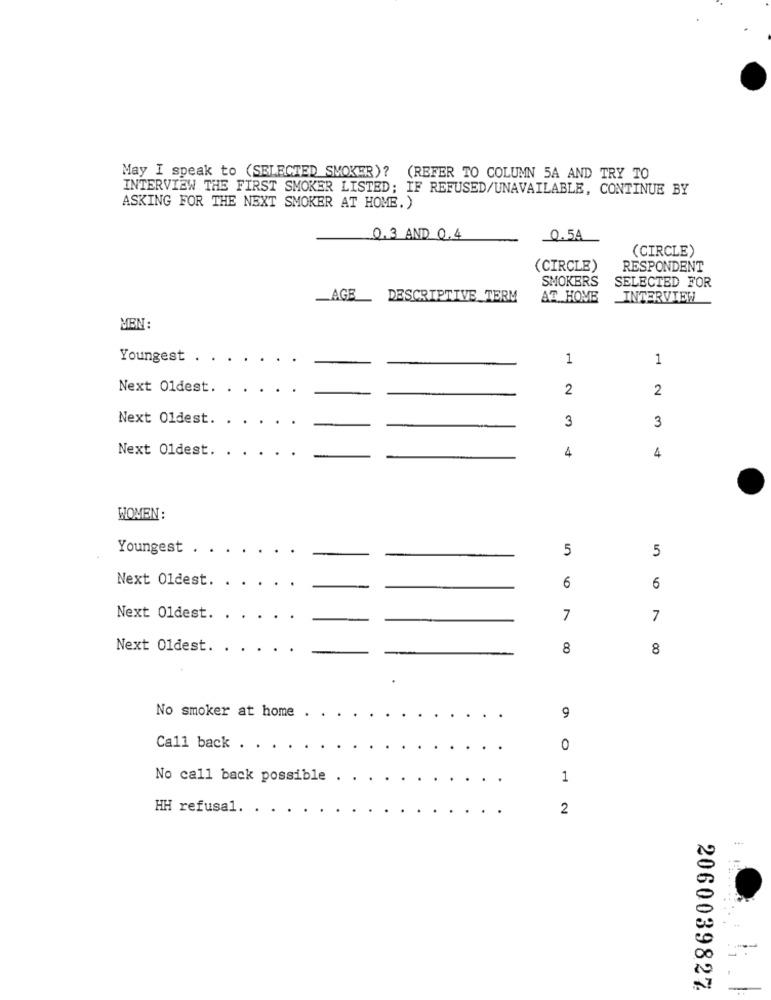
May I speak to (SELECTED SMOKER)? (REFER TO COLUMN 5A AND TRY TO
INTERVIEW THE FIRST SMOKER LISTED; IF REFUSED/UNAVAILABLE, CONTINUE BY
ASKING FOR THE NEXT SMOKER AT HOME.)
0.3 AND 0.4
0.5A
(CIRCLE)
(CIRCLE)
RESPONDENT
SMOKERS
SELECTED FOR
_AGE
DESCRIPTIVE_TERM
AT HOME
INTERVIEW
MEN :
Youngest .
1
1
Next Oldest.
2
2
Next Oldest.
3
3
Next Oldest.
4
4
WOMEN :
Youngest .
5
5
Next Oldest. .
6
6
Next Oldest. .
7
7
Next 01dest.
8
8
No smoker at home
9
Call back . .
0
No call back possible
1
HH refusal. .
2
2060039827
-